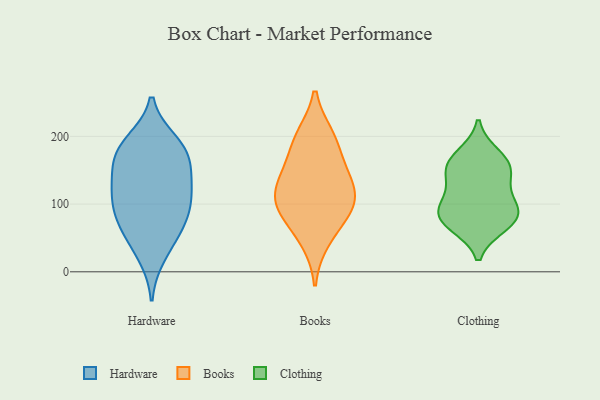
{"axis": {"x": "Conversion Rate (%)", "y": "Value"}, "legend": ["Books", "Clothing", "Hardware"], "data": [{"x": "", "y": 167, "type": "Hardware"}, {"x": "", "y": 121, "type": "Hardware"}, {"x": "", "y": 126, "type": "Hardware"}, {"x": "", "y": 75, "type": "Hardware"}, {"x": "", "y": 92, "type": "Hardware"}, {"x": "", "y": 161, "type": "Hardware"}, {"x": "", "y": 70, "type": "Hardware"}, {"x": "", "y": 181, "type": "Hardware"}, {"x": "", "y": 51, "type": "Hardware"}, {"x": "", "y": 130, "type": "Hardware"}, {"x": "", "y": 191, "type": "Hardware"}, {"x": "", "y": 101, "type": "Hardware"}, {"x": "", "y": 184, "type": "Hardware"}, {"x": "", "y": 24, "type": "Hardware"}, {"x": "", "y": 114, "type": "Books"}, {"x": "", "y": 161, "type": "Books"}, {"x": "", "y": 84, "type": "Books"}, {"x": "", "y": 196, "type": "Books"}, {"x": "", "y": 129, "type": "Books"}, {"x": "", "y": 137, "type": "Books"}, {"x": "", "y": 100, "type": "Books"}, {"x": "", "y": 90, "type": "Books"}, {"x": "", "y": 200, "type": "Books"}, {"x": "", "y": 46, "type": "Books"}, {"x": "", "y": 156, "type": "Clothing"}, {"x": "", "y": 95, "type": "Clothing"}, {"x": "", "y": 88, "type": "Clothing"}, {"x": "", "y": 144, "type": "Clothing"}, {"x": "", "y": 69, "type": "Clothing"}, {"x": "", "y": 117, "type": "Clothing"}, {"x": "", "y": 172, "type": "Clothing"}, {"x": "", "y": 156, "type": "Clothing"}, {"x": "", "y": 84, "type": "Clothing"}, {"x": "", "y": 73, "type": "Clothing"}]}